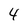
Character: 4